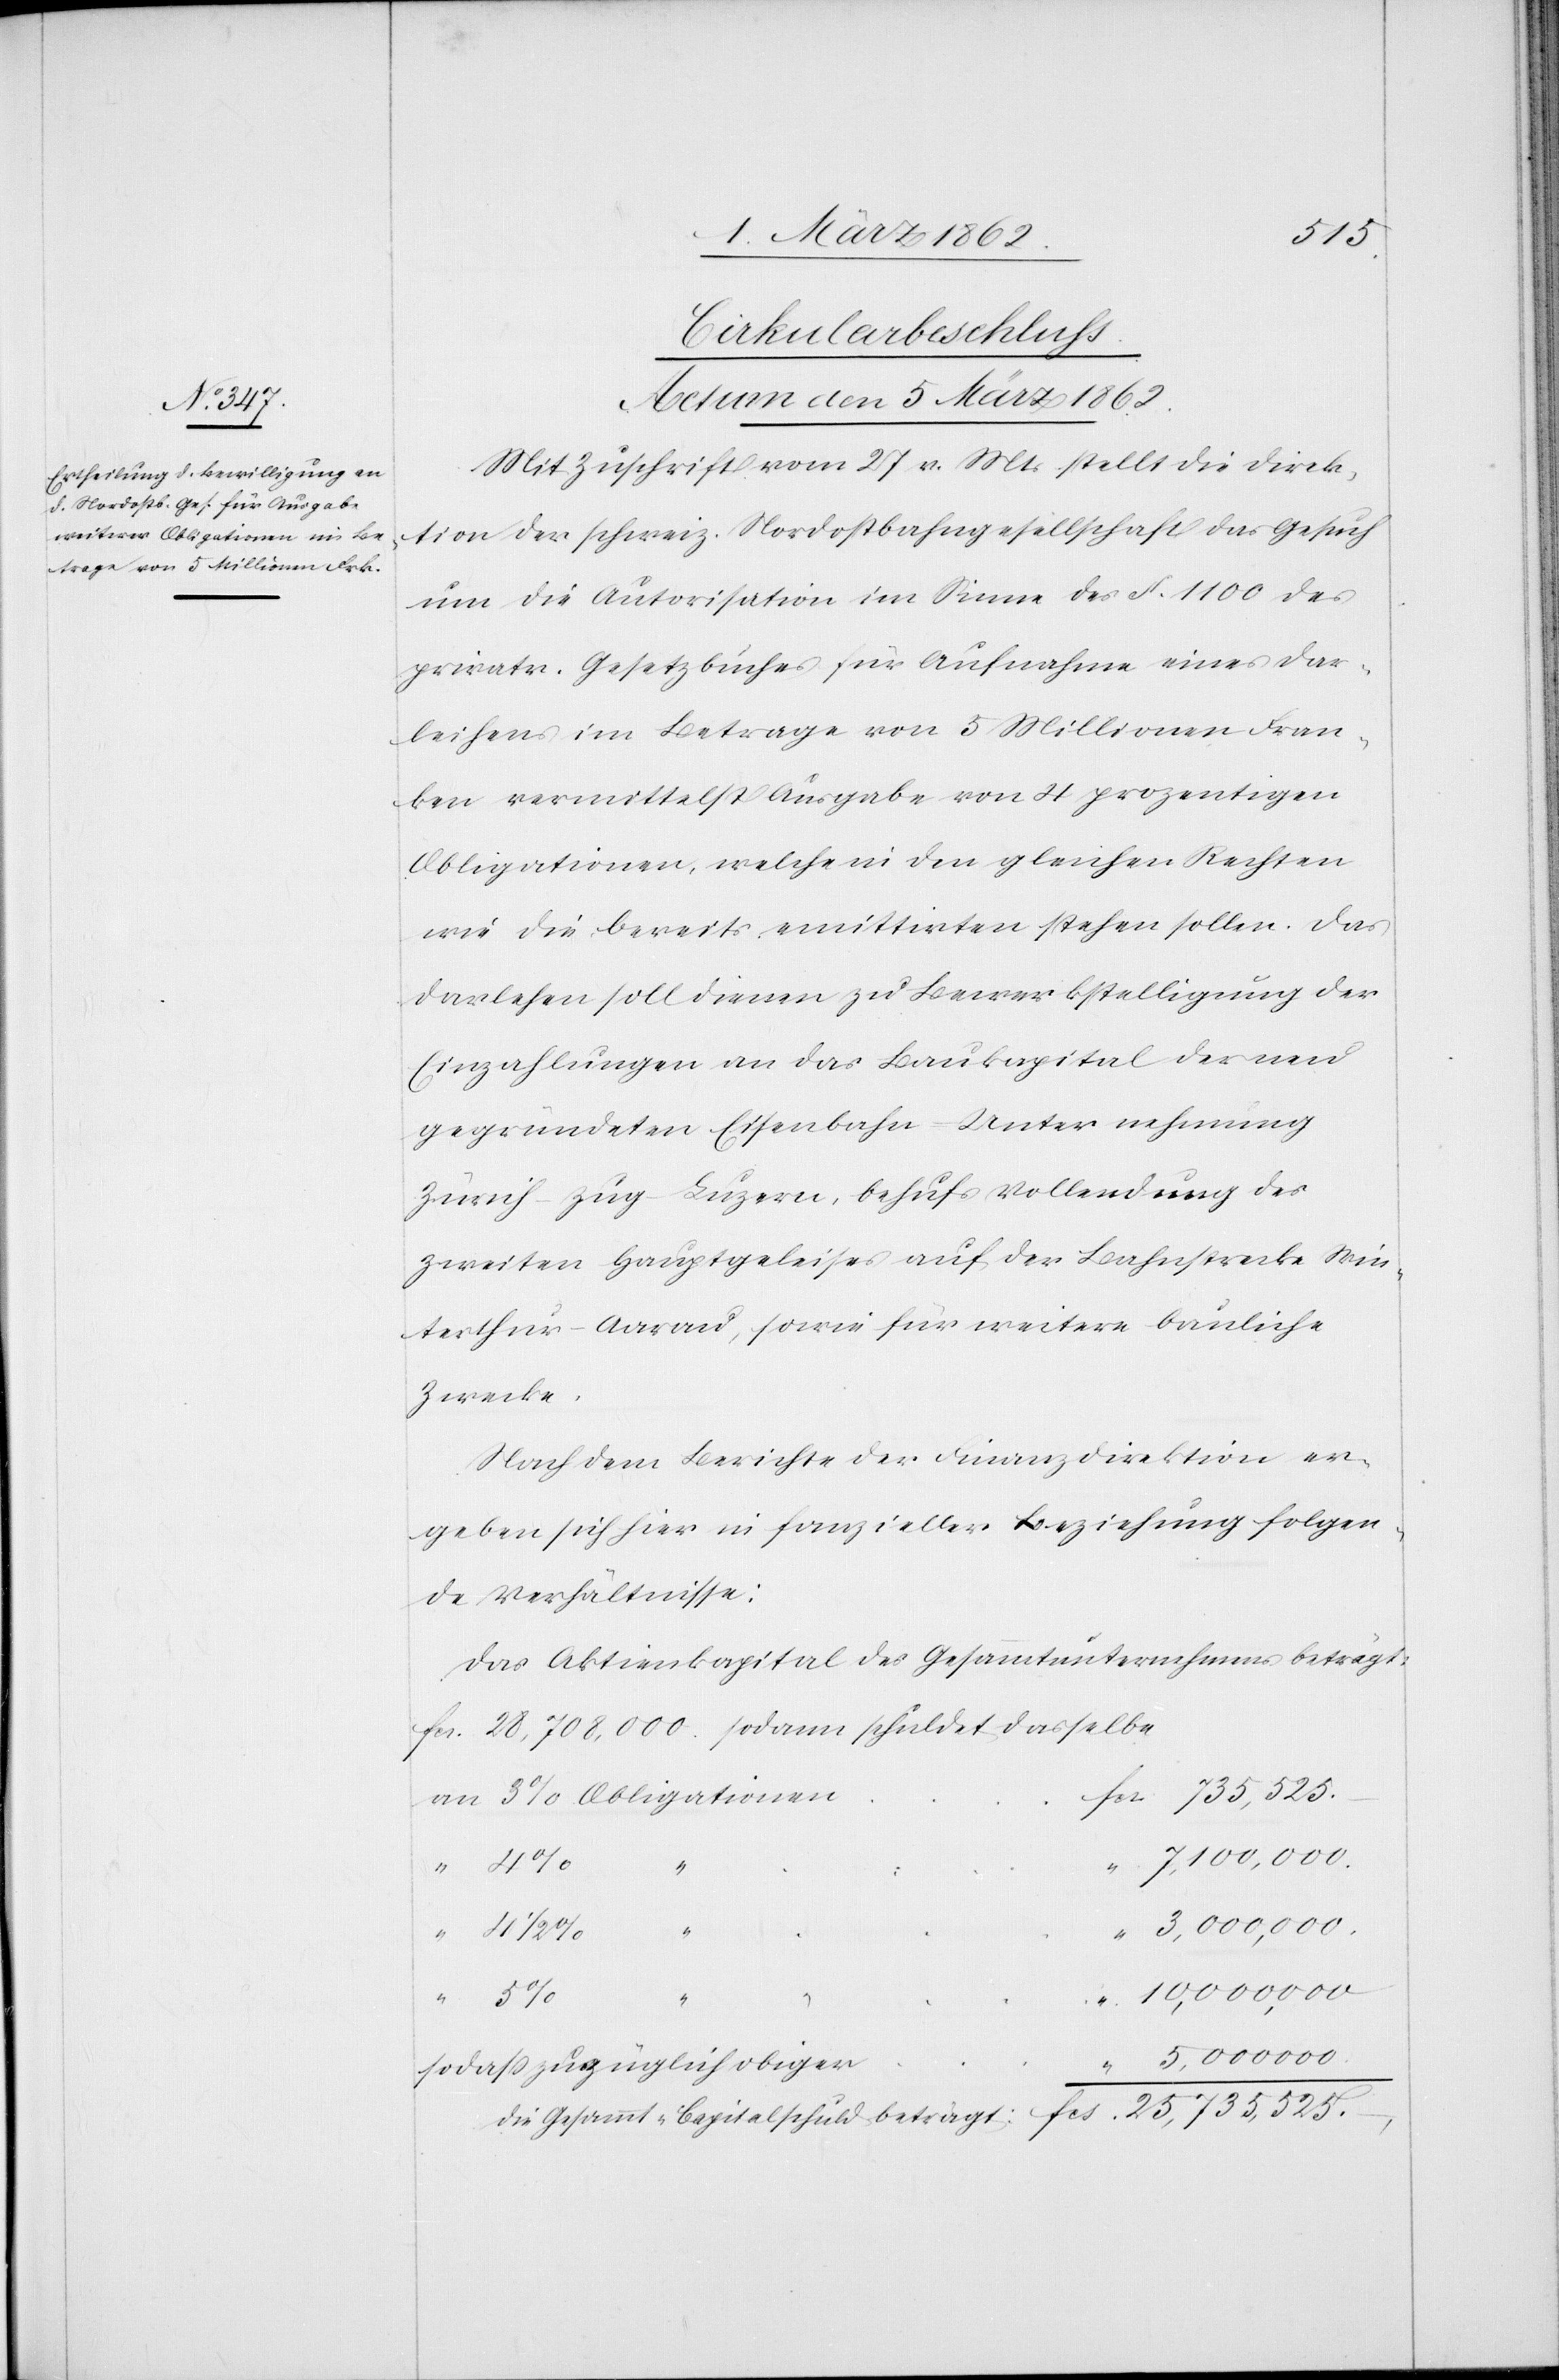
Cirkularbeschluss.
Actum den 5 März 1862.
Mit Zuschrift vom 27 v. Mts. stellt die Direk¬
tion der schweiz. Nordostbahngesellschaft das Gesuch
um die Autorisation im Sinne des §. 1100 des
privatr. Gesetzbuches für Aufnahme eines Dar¬
leihens im Betrage von 5 Millionen Fran¬
ken vermittelst Ausgabe von 4prozentigen
Obligationen, welche in den gleichen Rechten
wie die bereits emittirten stehen sollen. Das
Darlehen soll dienen zu Bewerkstelligung der
Einzahlungen an das Baukapital der neu
gegründeten Eisenbahn-Unternehmung
Zürich–Zug–Luzern, behufs Vollendung des
zweiten Hauptgeleises auf der Bahnstrecke Win¬
terthur–Aarau, sowie für weitere bauliche
Zwecke.
Nach dem Berichte der Finanzdirektion er¬
geben sich hier in finanzieller Beziehung folgen¬
de Verhältnisse:
Das Aktienkapital des Gesammtunternehmens beträgt:
fcs. 28,708,000. sodann schuldet dasselbe
an 3% Obligationen
7,100,000.
“
4 1/2 “
“
5,000,000.
sodaß zuzüglich obigen
die Gesammt-Capitalschuld beträgt: